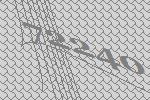
72240